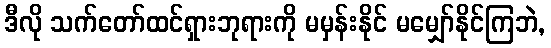
ဒီလို သက်တော်ထင်ရှားဘုရားကို မမှန်းနိုင် မမျှော်နိုင်ကြဘဲ,